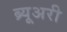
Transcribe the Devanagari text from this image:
ब्र्यूअरी